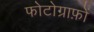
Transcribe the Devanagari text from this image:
फोटोग्राफ़ों